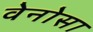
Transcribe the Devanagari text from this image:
वेनोसा